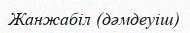
Жанжабіл (дәмдеуіш)